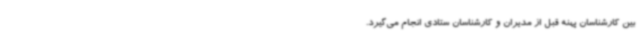
بین کارشناسان پهنه قبل از مدیران و کارشناسان ستادی انجام می‌گیرد.